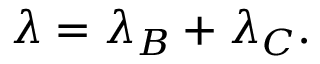
\lambda = \lambda _ { B } + \lambda _ { C } .